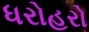
ધરોહરો